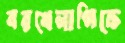
বরখেলাপিকে